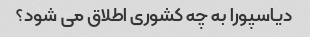
دیاسپورا به چه کشوری اطلاق می شود؟